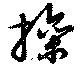
操